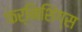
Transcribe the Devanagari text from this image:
फर्निशिंग्स